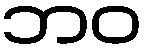
ဘဝ